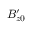
B _ { z 0 } ^ { \prime }